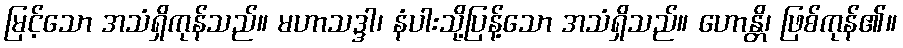
မြင့်သော အသံရှိကုန်သည်။ မဟာသဒ္ဒါ၊ နံပါးသို့ပြန့်သော အသံရှိသည်။ ဟောန္တိ၊ ဖြစ်ကုန်၏။